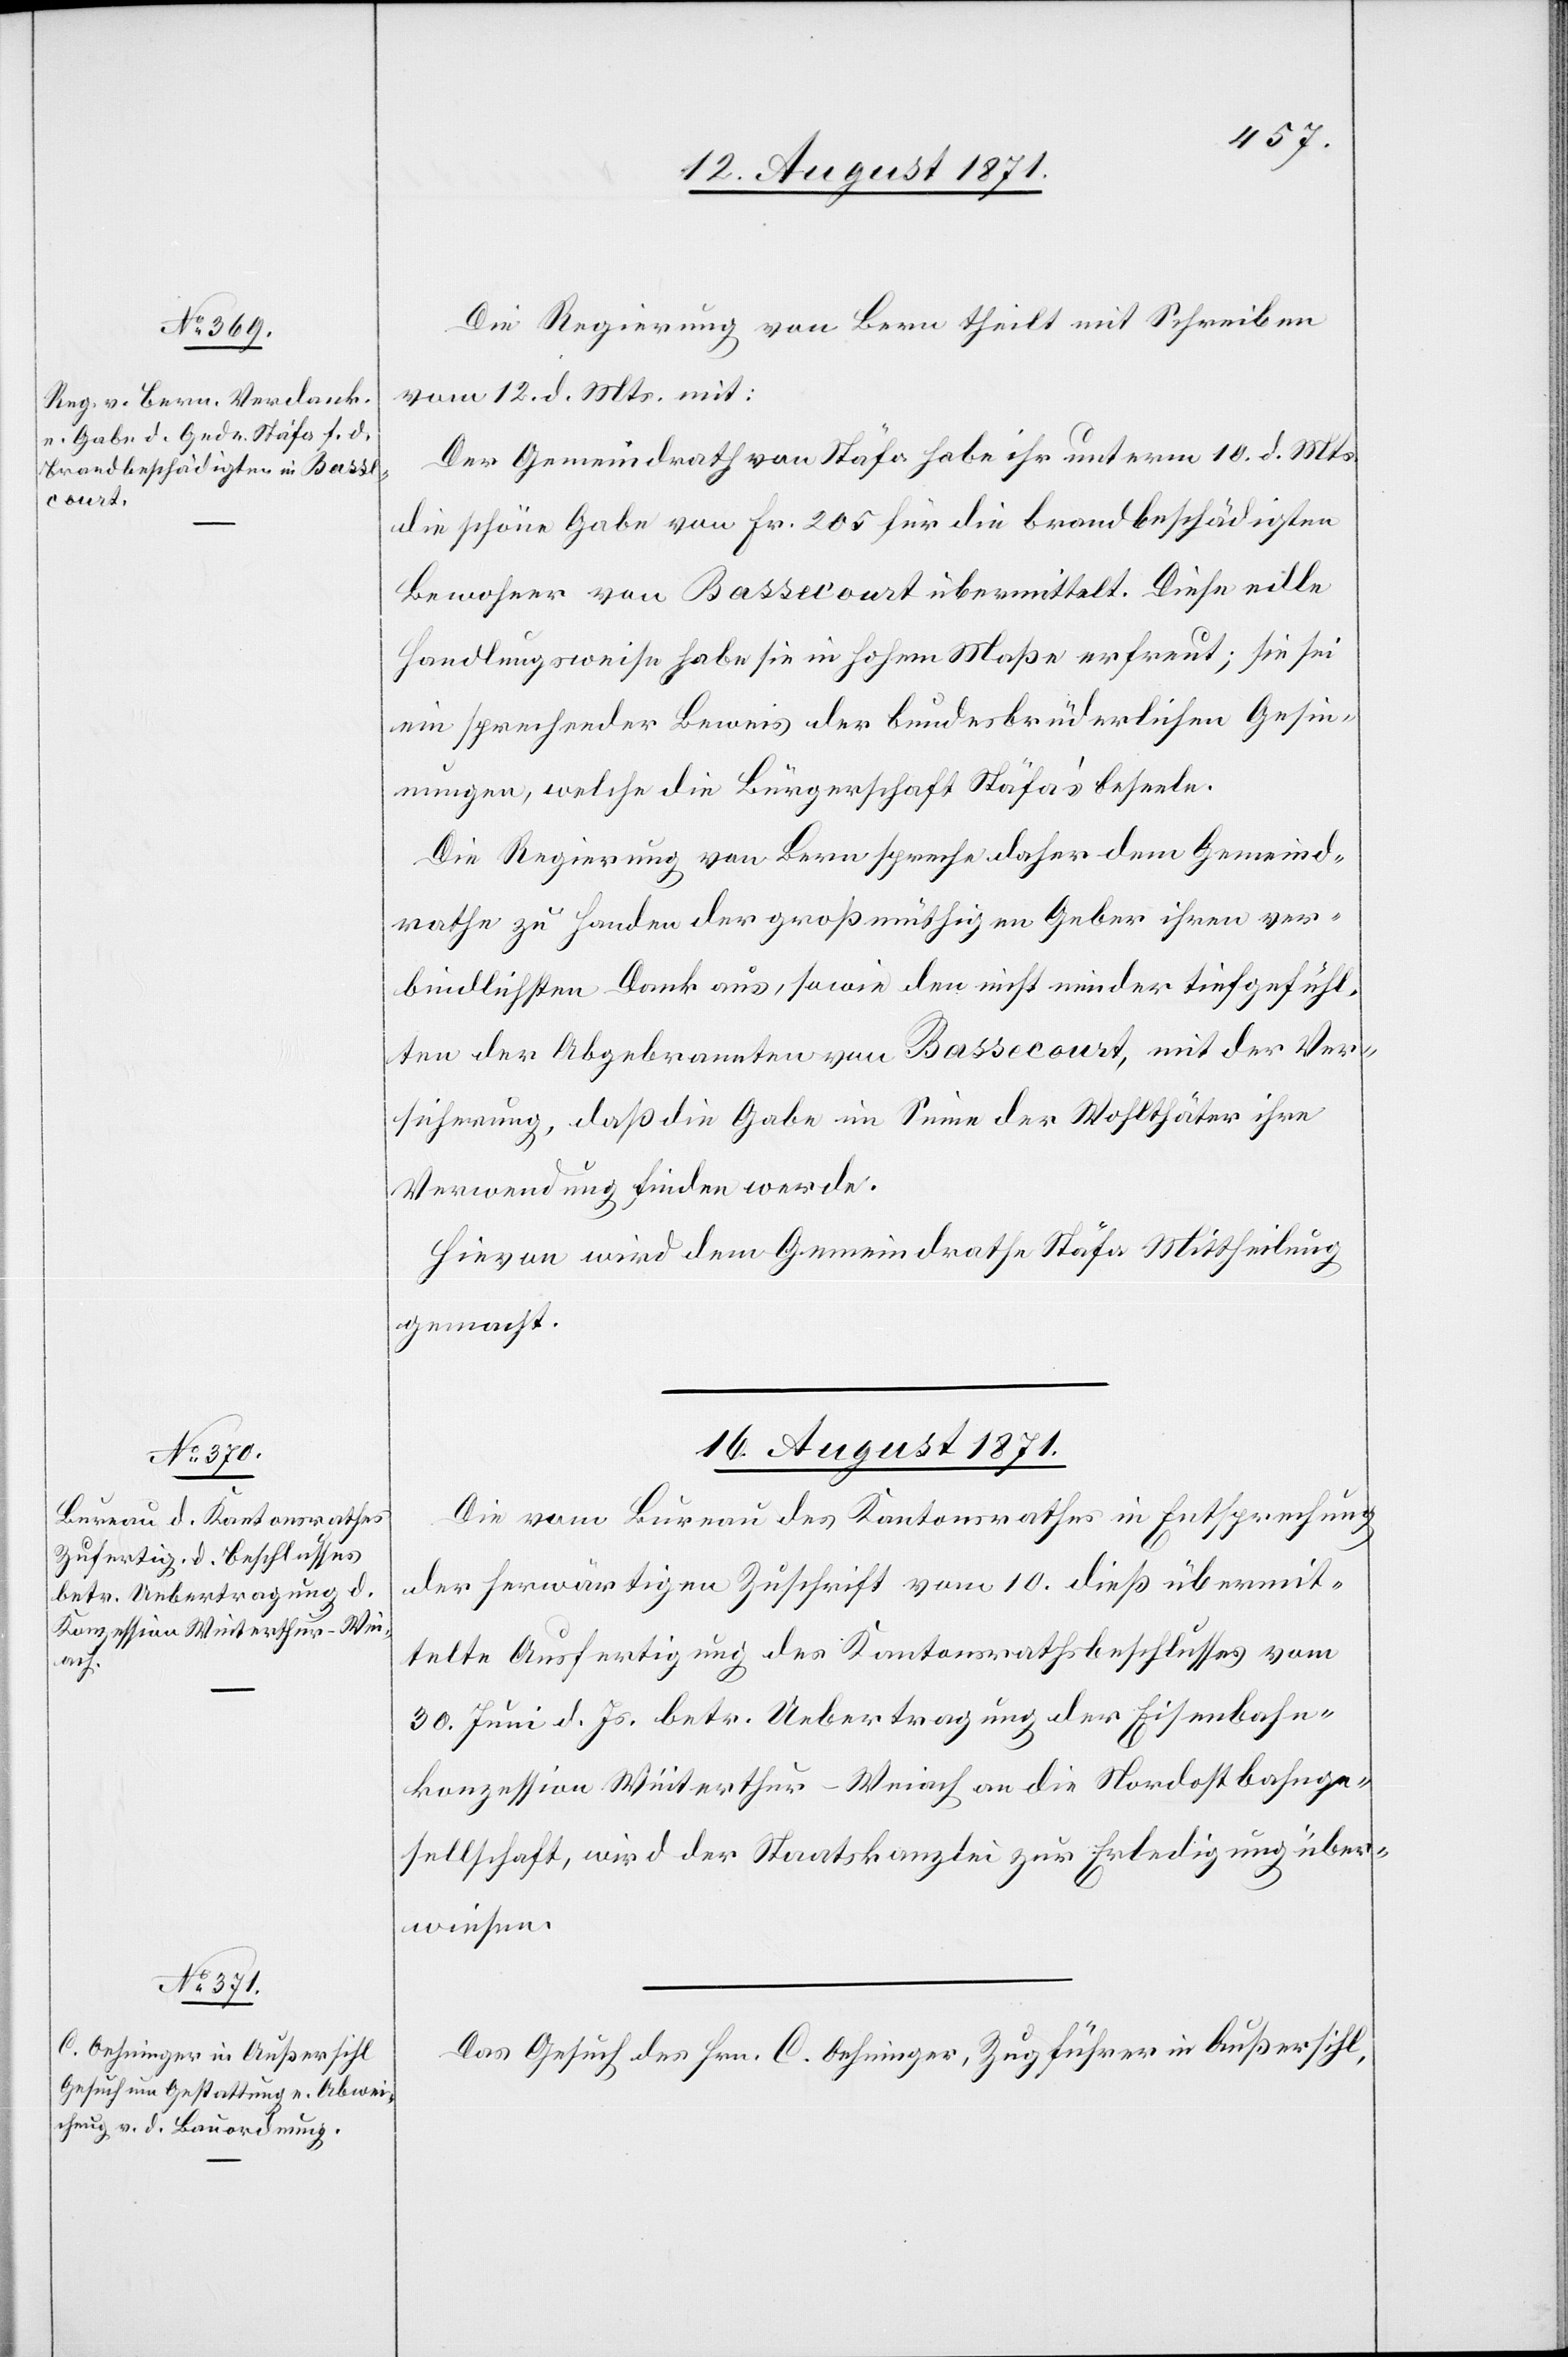
15. August 1871.]
Die Regierung von Bern theilt mit Schreiben
vom 12. d. Mts. mit:
Der Gemeindrath von Stäfa habe ihr unterm 10. d. Mts.
die schöne Gabe von Fr. 205 für die brandbeschädigten
Bewohner von Bassecourt übermittelt. Diese edle
Handlungsweise habe sie in hohem Maße erfreut; sie sei
ein sprechender Beweis der bundesbrüderlichen Gesin¬
nungen, welche die Bürgerschaft Stäfa’s beseele.
Die Regierung von Bern spreche daher dem Gemeind¬
rathe zu Handen der großzügigen Gabe ihren ver¬
bindlichsten Dank aus, sowie der nicht minder tiefgefühl¬
ten der Abgebrannten von Bassecourt, mit der Ver¬
sicherung, daß die Gabe im Sinne der Wohlthäter ihre
Verwendung finden werde.
Hievon wird dem Gemeindrath Stäfa Mittheilung
gemacht.
16. August 1871.]
Die vom Bureau des Kantonsrathes in Entsprechung
der herwärtigen Zuschrift vom 10. dieß übermit¬
telte Ausfertigung des Kantonsrathsbeschlusses vom
30. Juni d. Js. betr. Uebertragung der Eisenbahn¬
konzession Winterthur–Weiach an die Nordostbahnge¬
sellschaft, wird der Staatskanzlei zur Erledigung über¬
wiesen.
Das Gesuch des Hrn. C. Oehninger, Zugführer in Außersihl,